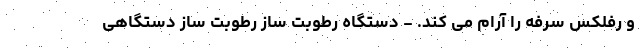
و رفلکس سرفه را آرام می کند. - دستگاه رطوبت ساز رطوبت ساز دستگاهی